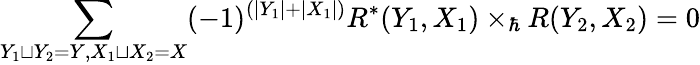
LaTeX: \sum_{Y_{1}\sqcup Y_{2}=Y,X_{1}\sqcup X_{2}=X}(-1)^{(|Y_{1}|+|X_{1}|)}R^{*}(Y_{1},X_{1})\times_{\hbar}R(Y_{2},X_{2})=0